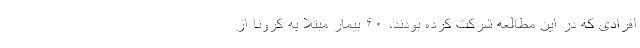
افرادی که در این مطالعه شرکت کرده بودند، ۶۰ بیمار مبتلا به کرونا از